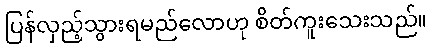
ပြန်လှည့်သွားရမည်လောဟု စိတ်ကူးသေးသည်။